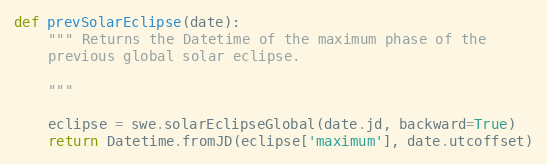
Language: Python
def prevSolarEclipse(date):
    """ Returns the Datetime of the maximum phase of the
    previous global solar eclipse.

    """

    eclipse = swe.solarEclipseGlobal(date.jd, backward=True)
    return Datetime.fromJD(eclipse['maximum'], date.utcoffset)